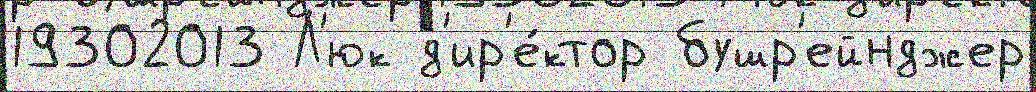
19302013 Л'юк д'ир'е́ктор бушр'ейнджер